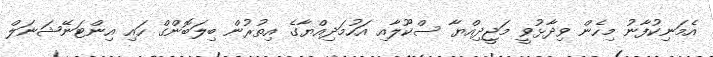
އެމަނިކުފާނު މިހެން ވިދާޅުވީ މަޖީދިއްޔާ ސްކޫލާއި އަހުމަދިއްޔާގެ އިތުރުން ބިލަބޮންގް ހައި އިންޓަނޭޝަނަލް